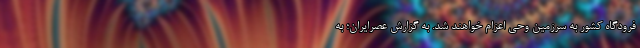
فرودگاه کشور به سرزمین وحی اعزام خواهند شد. به گزارش عصرایران؛ به